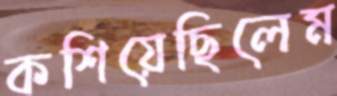
কশিয়েছিলেম